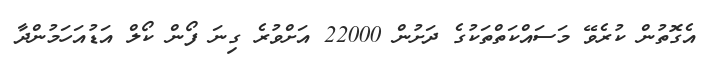
އެގޮތުން ކުރެވޭ މަސައްކަތްތަކުގެ ދަށުން 22000 އަށްވުރެ ގިނަ ފޯން ކޯލް އަޑުއަހަމުންދާ